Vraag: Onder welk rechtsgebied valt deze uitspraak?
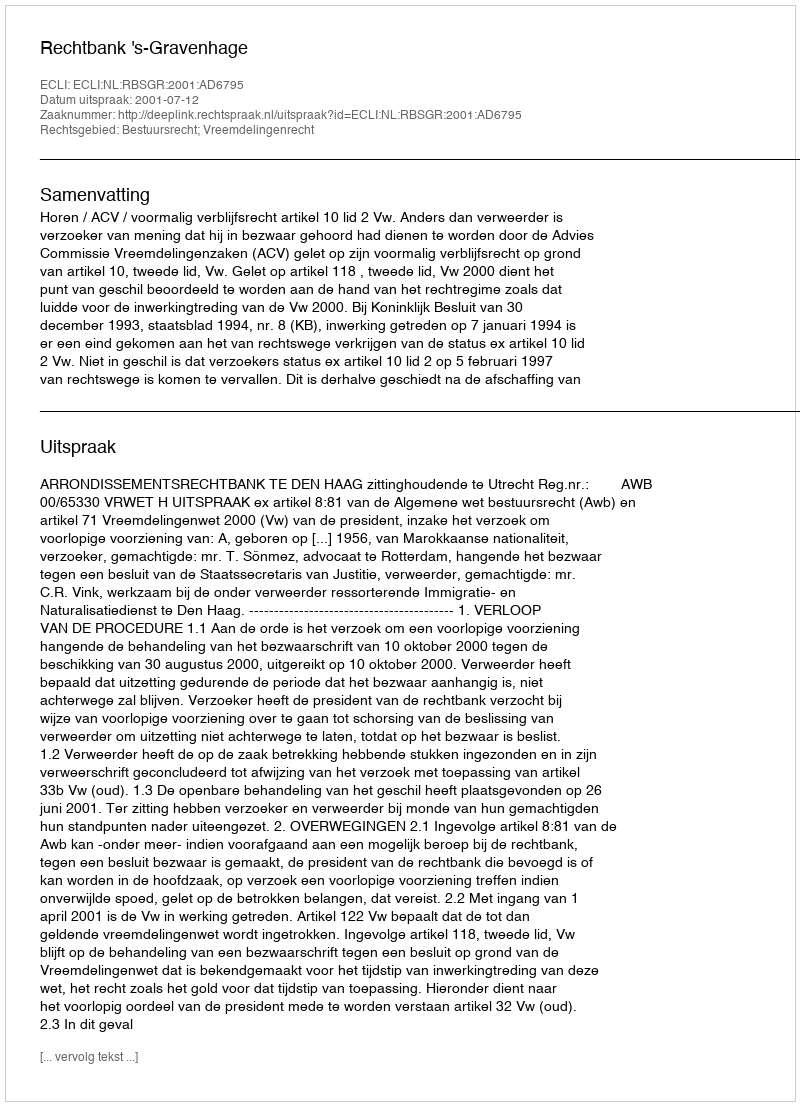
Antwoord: Bestuursrecht; Vreemdelingenrecht